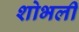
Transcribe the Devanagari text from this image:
शोभली